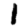
Digit: 1